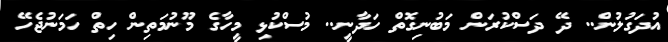
އުދަގުލުން.. ދޭ ދަސްކުރަން މަބުނިގޮތް ހަދާނީ.. މުސްކުޅި މީހާގެ މޫނުމަތިން ހިތް ހަމަނުޖެހޭ